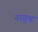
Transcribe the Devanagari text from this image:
नातुच